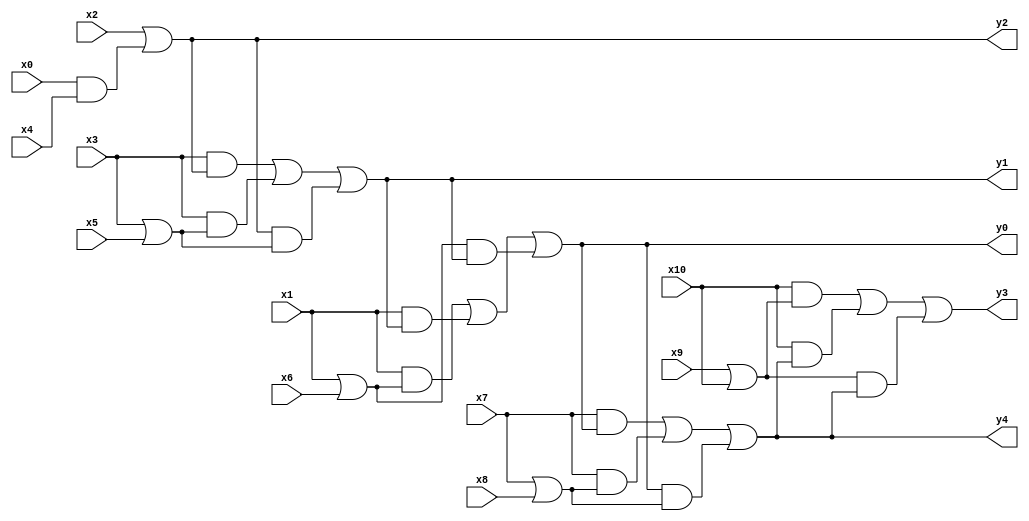
module top(x0, x1, x2, x3, x4, x5, x6, x7, x8, x9, x10, y0, y1, y2, y3, y4);
  input x0, x1, x2, x3, x4, x5, x6, x7, x8, x9, x10;
  output y0, y1, y2, y3, y4;
  wire n12, n13, n14, n15, n16, n17, n18, n19, n20, n21;
  assign n12 = x1 | x6;
  assign n13 = x0 & x4;
  assign n14 = x2 | n13;
  assign n15 = x3 | x5;
  assign n16 = (x3 & n14) | (x3 & n15) | (n14 & n15);
  assign n17 = (x1 & n12) | (x1 & n16) | (n12 & n16);
  assign n18 = x9 | x10;
  assign n19 = x7 | x8;
  assign n20 = (x7 & n17) | (x7 & n19) | (n17 & n19);
  assign n21 = (x10 & n18) | (x10 & n20) | (n18 & n20);
  assign y0 = n17;
  assign y1 = n16;
  assign y2 = n14;
  assign y3 = n21;
  assign y4 = n20;
endmodule